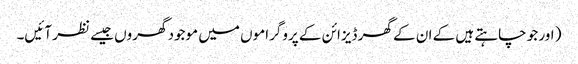
( اور جو چاہتے ہیں کے ان کے گھر ڈیزائن کے پروگراموں میں موجود گھروں جیسے نظر آئیں۔